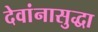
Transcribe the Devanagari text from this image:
देवांनासुद्धा